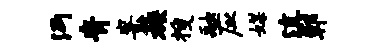
沔青案蔟搜融应媒滇鄣